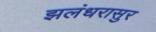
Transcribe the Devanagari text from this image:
झलंधरासुर